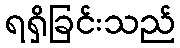
ရရှိခြင်းသည်